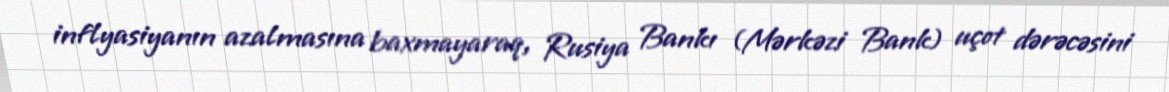
inflyasiyanın azalmasına baxmayaraq, Rusiya Bankı (Mərkəzi Bank) uçot dərəcəsini